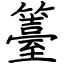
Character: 籉